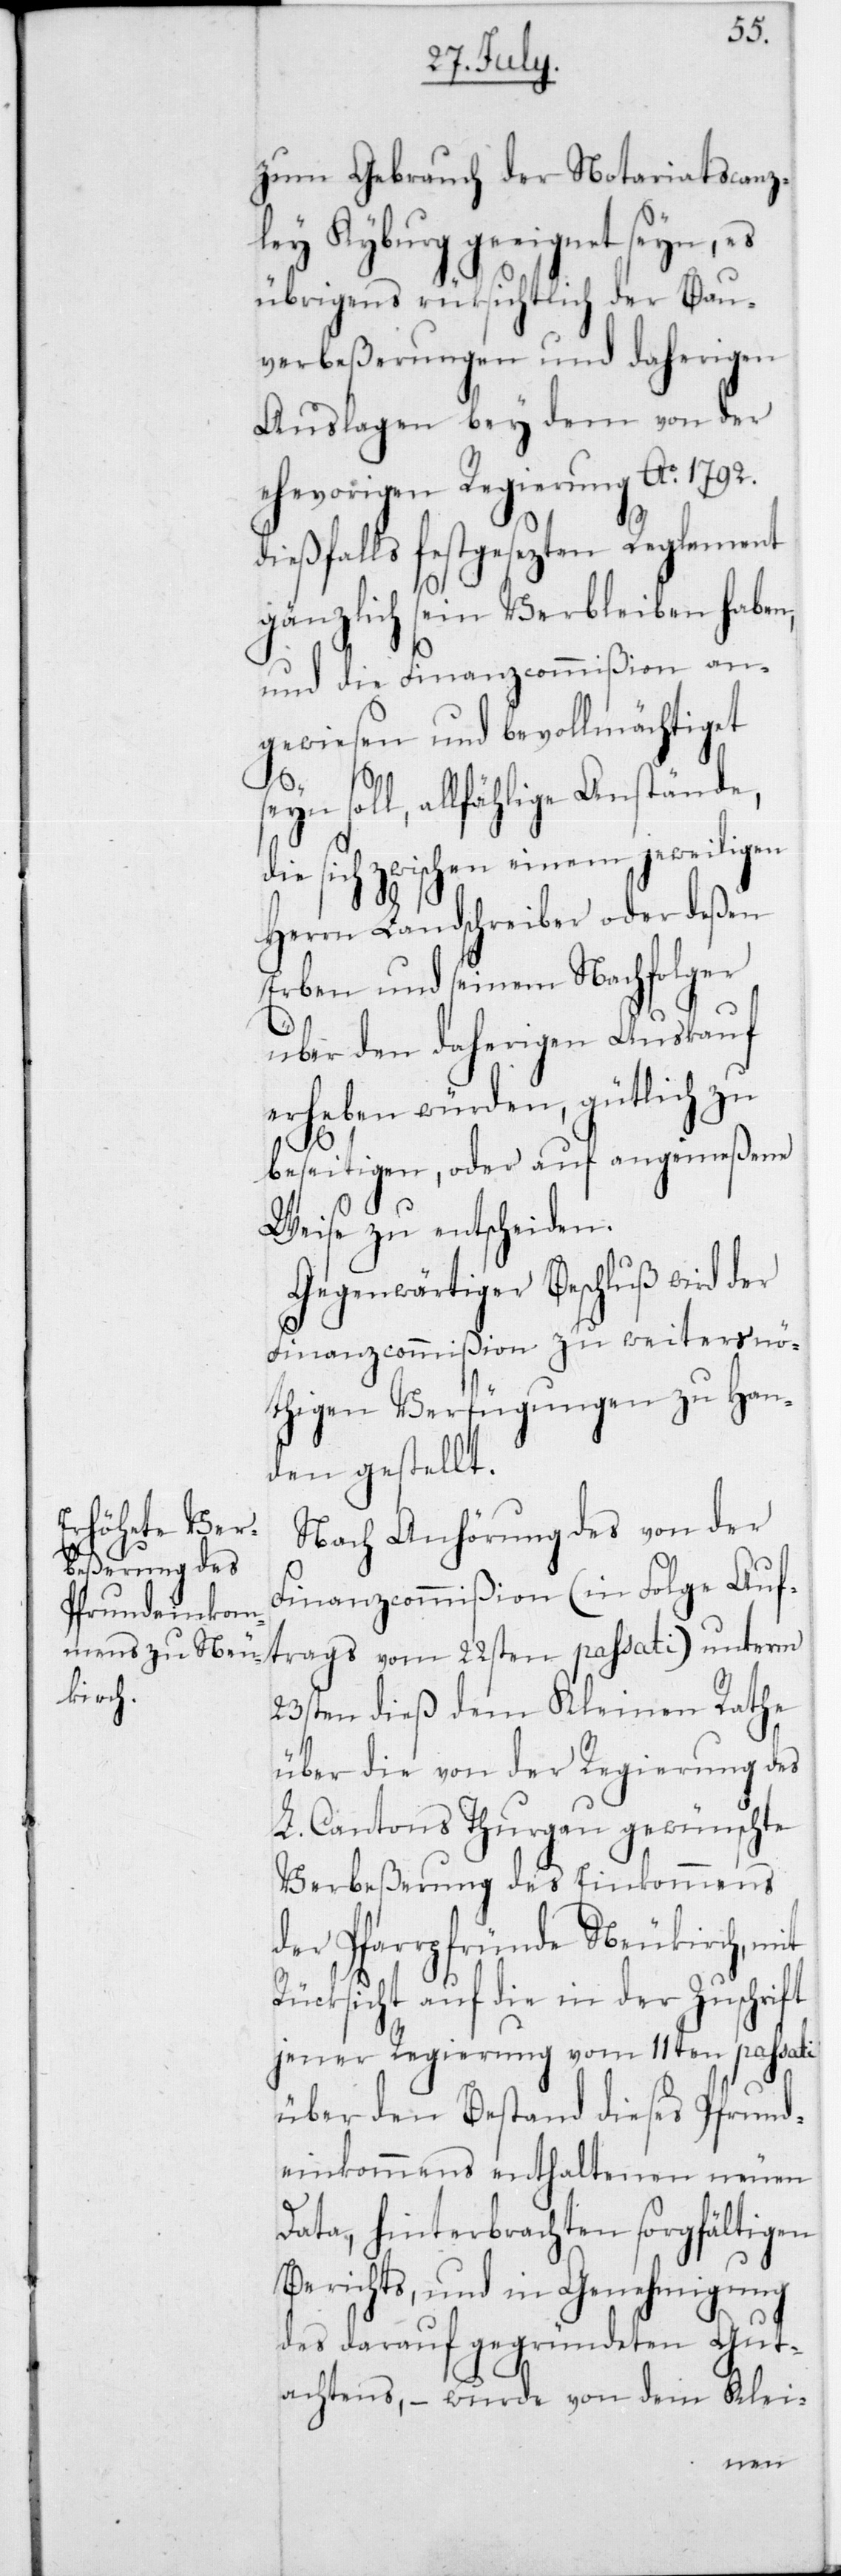
zum Gebrauch der Notariatscanz¬
ley Kyburg geeignet seyn, es
übrigens rücksichtlich der Bau¬
verbeßerungen und daherigen
Auslagen bey dem von der
ehevorigen Regierung Ao 1792.
dießfalls festgesetzten Reglement
gänzlich sein Verbleiben haben,
und die Finanzcommißion an¬
gewiesen und bevollmächtiget
trags
l, allfählige Anstände,
die sich zwischen einem jeweiligen
Herrn Landschreiber oder deßen
Erben und seinem Nachfolger
über den daherigen Auskauf
erheben würden, gütlich zu
beseitigen, oder auf angemeßene
Weise zu entscheiden.
Gegenwärtiger Beschluß wird der
Finanzcommißion zu weiters nö¬
thigen Verfügungen zu Han¬
den gestellt.
Nach Anhörung des von der
Finanzcommißion (in Folge Auf¬
23sten dieß dem Kleinen Rathe
über die von der Regierung des
L. Cantons Thurgau gewünschte
Verbeßerung des Einkommens
der Pfarrpfründe Neukirch, mit
Rücksicht auf die in der Zuschrift
jener Regierung vom 11ten passati
über den Bestand dieses Pfrund¬
einkommens enthaltenen neuen
Data, hinterbrachten sorgfältigen
Berichts, und in Genehmigung
des darauf gegründeten Gut¬
achtens, – wurde von dem Klei-